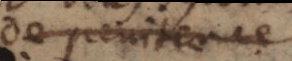
de penitence.